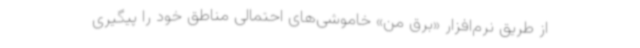
از طریق نرم‌افزار «برق من» خاموشی‌های احتمالی مناطق خود را پیگیری